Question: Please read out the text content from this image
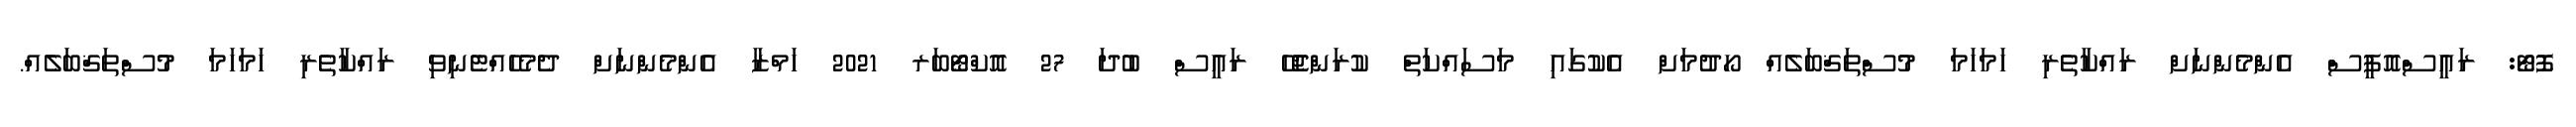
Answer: ފޮޓޯ: ރައީސްއޮފީސް އެންމެންނަށް ރައްކާތެރި ހަމަހަމަ މުސްތަޤްބަލެއް ހޯދުމަށް އެކުގައި މަސައްކަތް ކުރަންޖެހޭ ރައީސް ބުދަ 27 އޮކްޓޯބަރ 2021 ހަމްޒާ އެންމެންނަށް ދެމެހެއްޓެނިވި ރައްކާތެރި ހަމަހަމަ މުސްތަޤްބަލެއް.